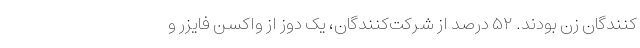
کنندگان زن بودند. ۵۲ درصد از شرکت‌کنندگان، یک دوز از واکسن فایزر و